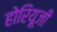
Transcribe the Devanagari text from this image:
होरियूजी